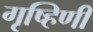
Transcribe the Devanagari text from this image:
गृष्हिणी